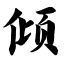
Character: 倾